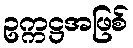
ဥက္ကဋ္ဌအဖြစ်